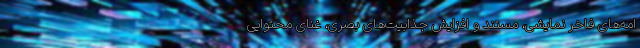
امه‌های فاخر نمایشی، مستند و افزایش جذابیت‌های بصری، غنای محتوایی